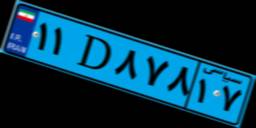
۱۱D۸۷۸۱۷